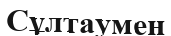
Сұлтаумен